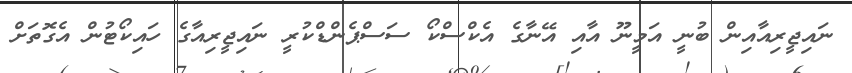
ނައިޖީރިއާއިން ބުނީ އަމީނޫ އާއި އޭނާގެ އެކްސްކޯ ސަސްޕެންޑްކުރީ ނައިޖީރިއާގެ ހައިކޯޓުން އެގޮތަށް